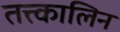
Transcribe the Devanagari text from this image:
तत्त्कालिन